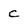
Character: c